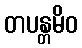
တပန္တမိဝ